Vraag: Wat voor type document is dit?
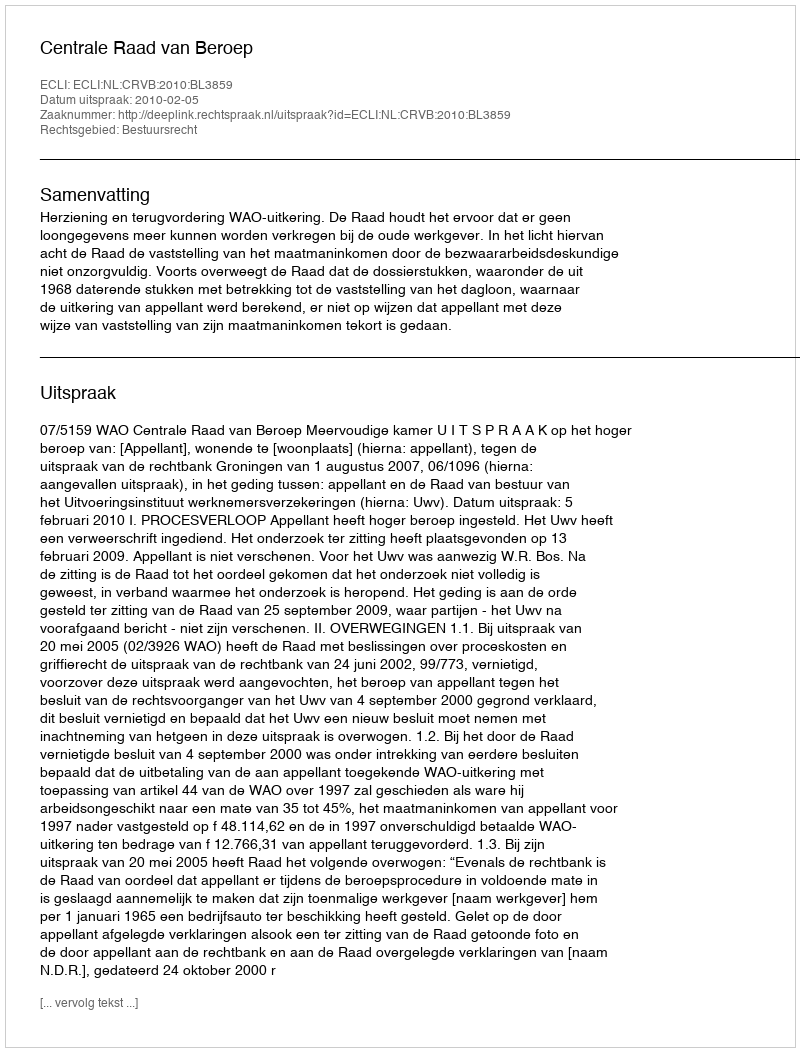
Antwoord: Uitspraak